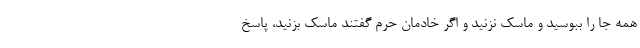
همه جا را ببوسید و ماسک نزنید و اگر خادمان حرم گفتند ماسک بزنید، پاسخ